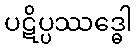
ပဋိပ္ပဿဒ္ဓေါ